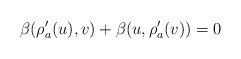
LaTeX: \begin{align*}\beta(\rho'_a(u),v)+\beta(u,\rho'_a(v))=0\end{align*}